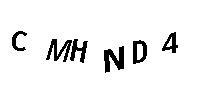
CMHND4